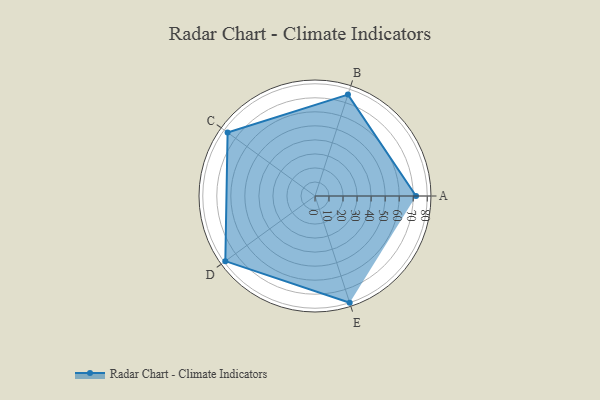
{"axis": {"x": "Skill", "y": "Score"}, "legend": ["Profile"], "data": [{"x": "A", "y": 72.0, "type": "Profile"}, {"x": "B", "y": 76.0, "type": "Profile"}, {"x": "C", "y": 77.0, "type": "Profile"}, {"x": "D", "y": 79.0, "type": "Profile"}, {"x": "E", "y": 80.0, "type": "Profile"}]}